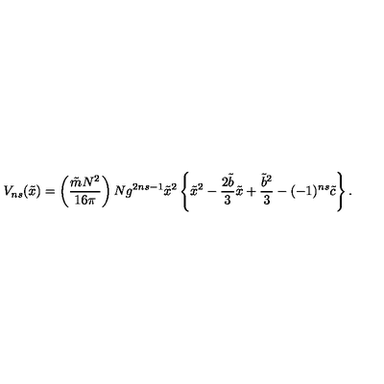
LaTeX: V _ { n s } ( { \tilde { x } } ) = \left( \frac { { \tilde { m } } N ^ { 2 } } { 1 6 \pi } \right) N g ^ { 2 n s - 1 } { \tilde { x } } ^ { 2 } \left\{ { \tilde { x } } ^ { 2 } - \frac { 2 { \tilde { b } } } { 3 } { \tilde { x } } + \frac { { \tilde { b } } ^ { 2 } } { 3 } - ( - 1 ) ^ { n s } { \tilde { c } } \right\} .